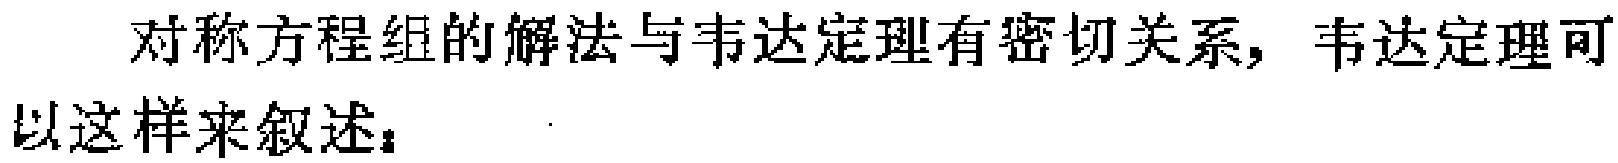
对称方程组的解法与韦达定理有密切关系，韦达定理可以这样来叙述：